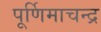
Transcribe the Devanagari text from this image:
पूर्णिमाचन्द्र